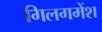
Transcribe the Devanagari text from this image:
गिलगमेंश